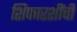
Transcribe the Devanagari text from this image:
शिफारशींची